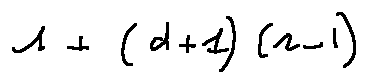
1 + ( d + 1 ) ( r - 1 )